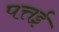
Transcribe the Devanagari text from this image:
पत्तई